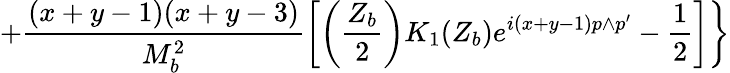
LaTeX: +\frac{(x+y-1)(x+y-3)}{M_{b}^{2}}\biggl[\left(\frac{Z_{b}}{2}\right)K_{1}(Z_{b})e^{i(x+y-1)p\wedge p^{\prime}}-\frac{1}{2}\biggr]\biggr\}